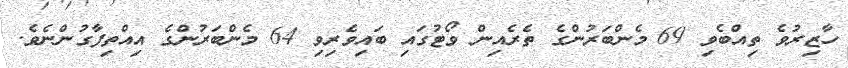
ހާޒިރުވެ ތިއްބެވި 69 މެންބަރުންގެ ތެރެއިން ވޯޓުގައި ބައިވެރިވި 64 މެންބަރުންގެ އިއްތިފާގުންނެވެ.